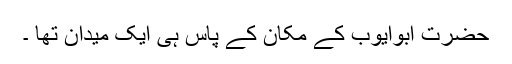
حضرت ابوایوبؓ کے مکان کے پاس ہی ایک میدان تھا ۔